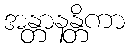
အန္တာနန္တိကာ